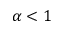
\alpha < 1